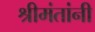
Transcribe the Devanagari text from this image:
श्रीमंतांनी